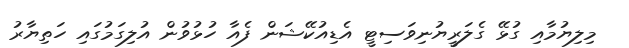
މިލިޔުމާއި ގުޅޭ ގެލަރީޔުނިވަސިޓީ އެޑިއުކޭޝަން ފެއާ ހުޅުވުން އުލިގަމުގައި ހަތިޔާރު